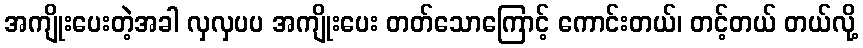
အကျိုးပေးတဲ့အခါ လှလှပပ အကျိုးပေး တတ်သောကြောင့် ကောင်းတယ်၊ တင့်တယ် တယ်လို့